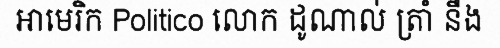
អាមេរិក Politico លោក ដូណាល់ ត្រាំ នឹង